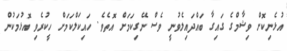
އުޅެނިކޮށް ވިޝާމްގެ ގައިގާ ބައްދައިލެވުނީ ވެސް ނޭގިކަމަށް އޮތެވެ. ހައިކަލްކަމަށް ހީކުރެވި އޮޅުމަކުން